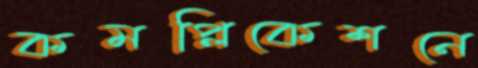
কমপ্লিকেশনে